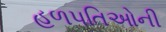
હળપતિઓની